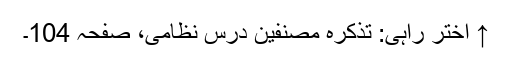
↑ اختر راہی: تذکرہ مصنفین درسِ نظامی، صفحہ 104۔